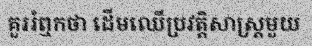
គួររំឮកថា ដើមឈើប្រវត្តិសាស្ត្រមួយ